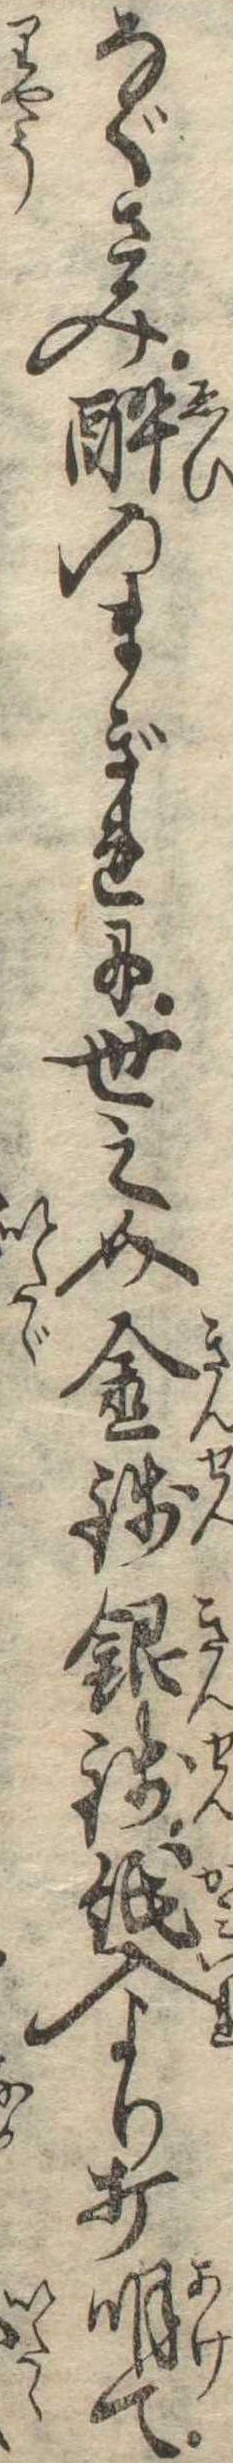
なぐさみ酔のまぎれに世之介金銭銀銭紙入より打明て